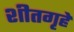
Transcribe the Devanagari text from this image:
शीतगृहे